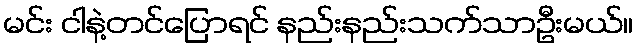
မင်း ငါနဲ့တင်ပြောရင် နည်းနည်းသက်သာဦးမယ်။